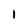
Character: 1